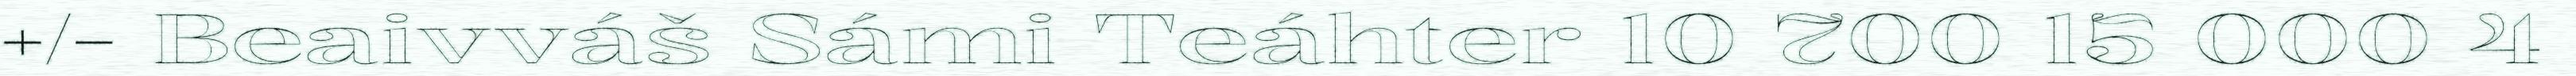
+/- Beaivváš Sámi Teáhter 10 700 15 000 4